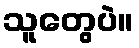
သူတွေပဲ။